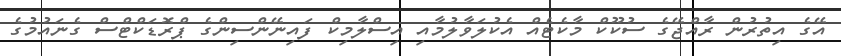
އޭގެ އިތުރުން ރާއްޖޭގެ ސުކޫކް މާކެޓެއް އެކުލަވާލުމާއި އިސްލާމިކް ފައިނޭންސިންގެ ޕްރޮޑަކްޓްސް ގެނައުމުގެ